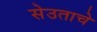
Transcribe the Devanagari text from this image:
सेउताचे